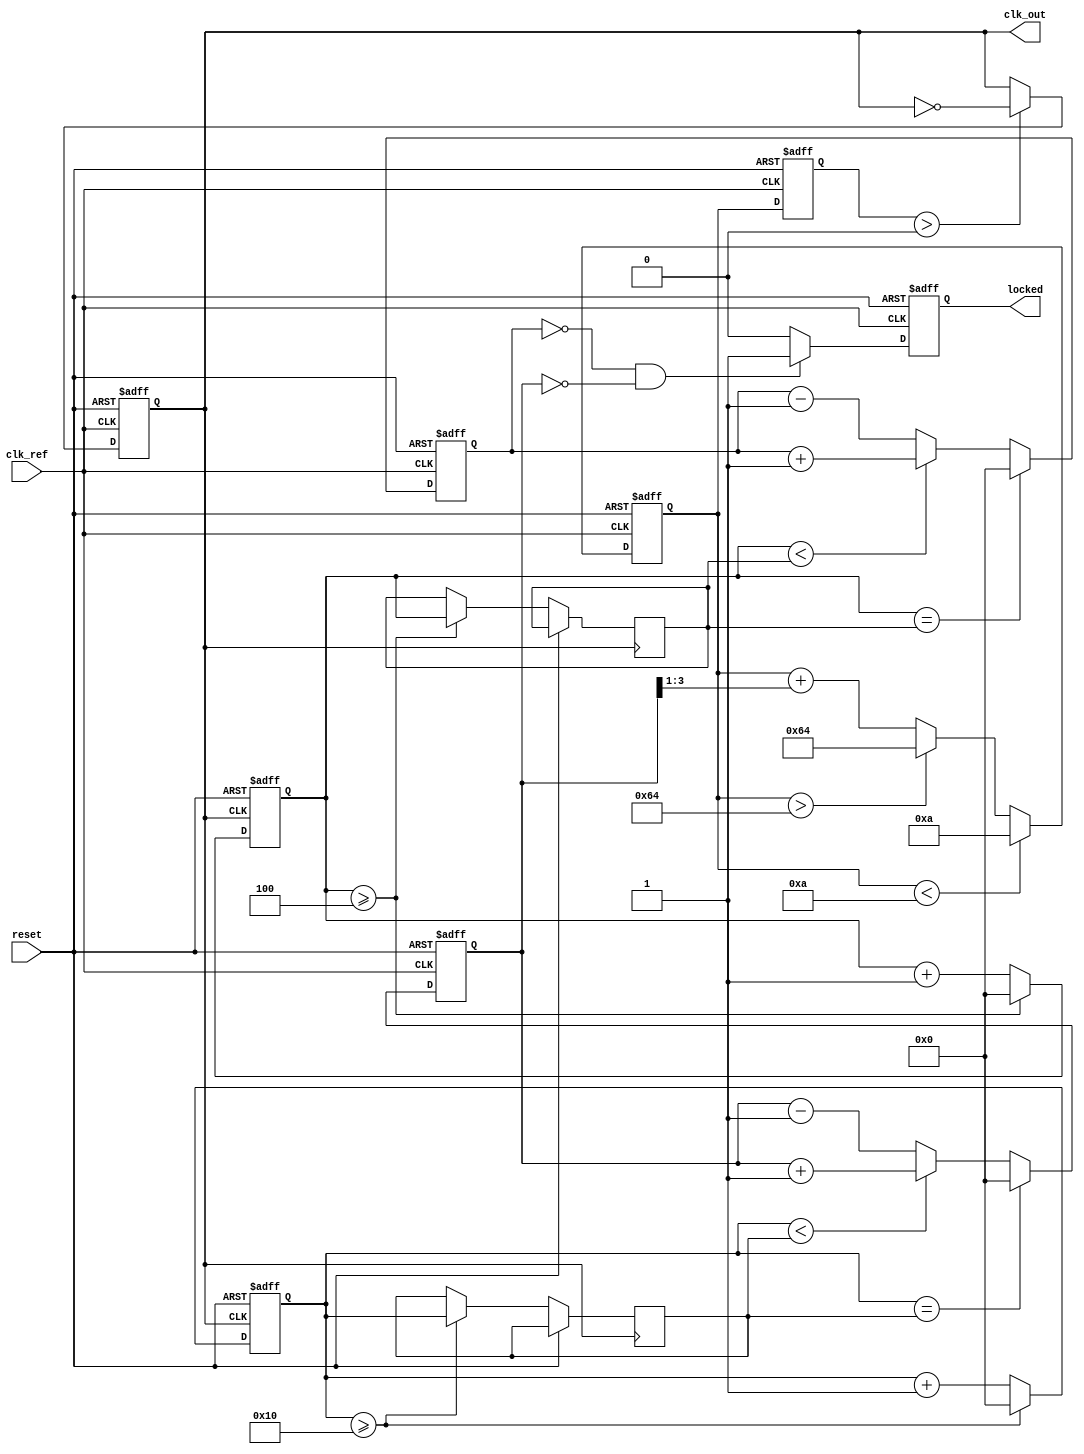
module dual_loop_pll (
    input wire clk_ref,          // Reference clock input
    input wire reset,            // Reset signal
    output reg clk_out,          // Output clock
    output reg locked            // Lock status
);

    // Parameters
    parameter integer DIV_FACTOR_INNER = 4; // Inner loop divider factor
    parameter integer DIV_FACTOR_OUTER = 16; // Outer loop divider factor
    parameter integer VCO_MAX_FREQ = 100;    // Max VCO frequency (arbitrary units)
    parameter integer VCO_MIN_FREQ = 10;     // Min VCO frequency (arbitrary units)

    // Internal signals
    reg [3:0] phase_error_inner; // Phase error for inner loop
    reg [3:0] phase_error_outer; // Phase error for outer loop
    reg [7:0] control_voltage;    // Control voltage for VCO
    reg [7:0] vco_freq;           // VCO frequency
    reg [3:0] inner_counter;      // Inner loop counter
    reg [3:0] outer_counter;      // Outer loop counter
    reg [3:0] feedback_inner;     // Inner feedback signal
    reg [3:0] feedback_outer;     // Outer feedback signal

    // Phase Detector (PD)
    always @(posedge clk_ref or posedge reset) begin
        if (reset) begin
            phase_error_inner <= 0;
            phase_error_outer <= 0;
        end else begin
            // Simple phase comparison logic (for demonstration)
            if (inner_counter == feedback_inner) begin
                phase_error_inner <= 0; // Aligned
            end else if (inner_counter < feedback_inner) begin
                phase_error_inner <= phase_error_inner + 1; // Phase lag
            end else begin
                phase_error_inner <= phase_error_inner - 1; // Phase lead
            end
            
            if (outer_counter == feedback_outer) begin
                phase_error_outer <= 0; // Aligned
            end else if (outer_counter < feedback_outer) begin
                phase_error_outer <= phase_error_outer + 1; // Phase lag
            end else begin
                phase_error_outer <= phase_error_outer - 1; // Phase lead
            end
        end
    end

    // Loop Filter (LF)
    always @(posedge clk_ref or posedge reset) begin
        if (reset) begin
            control_voltage <= 0;
        end else begin
            // Simple low-pass filter implementation
            control_voltage <= control_voltage + phase_error_inner; // Inner loop control
            control_voltage <= control_voltage + (phase_error_outer >> 1); // Outer loop control
            // Clamp control voltage to VCO limits
            if (control_voltage > VCO_MAX_FREQ) control_voltage <= VCO_MAX_FREQ;
            if (control_voltage < VCO_MIN_FREQ) control_voltage <= VCO_MIN_FREQ;
        end
    end

    // Voltage-Controlled Oscillator (VCO)
    always @(posedge clk_ref or posedge reset) begin
        if (reset) begin
            vco_freq <= VCO_MIN_FREQ;
            clk_out <= 0;
            locked <= 0;
        end else begin
            // Adjust VCO frequency based on control voltage
            vco_freq <= control_voltage;
            // Generate output clock based on VCO frequency
            if (vco_freq > 0) begin
                clk_out <= ~clk_out; // Toggle clock output
            end
            // Check lock status (simplified)
            if (phase_error_inner == 0 && phase_error_outer == 0) begin
                locked <= 1; // PLL is locked
            end else begin
                locked <= 0; // PLL is not locked
            end
        end
    end

    // Frequency Divider (Inner Loop)
    always @(posedge clk_out or posedge reset) begin
        if (reset) begin
            inner_counter <= 0;
        end else begin
            inner_counter <= inner_counter + 1;
            if (inner_counter >= DIV_FACTOR_INNER) begin
                inner_counter <= 0;
                feedback_inner <= inner_counter; // Feedback to PD
            end
        end
    end

    // Frequency Divider (Outer Loop)
    always @(posedge clk_out or posedge reset) begin
        if (reset) begin
            outer_counter <= 0;
        end else begin
            outer_counter <= outer_counter + 1;
            if (outer_counter >= DIV_FACTOR_OUTER) begin
                outer_counter <= 0;
                feedback_outer <= outer_counter; // Feedback to PD
            end
        end
    end

endmodule